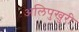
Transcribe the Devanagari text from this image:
अलिपुखुरी